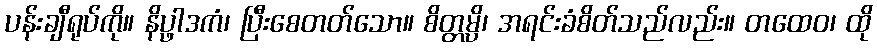
ပန်းချီရုပ်ကို။ နိပ္ဖာဒကံ၊ ပြီးစေတတ်သော။ စိတ္တမ္ပိ၊ အရင်းခံစိတ်သည်လည်း။ တထေဝ၊ ထို